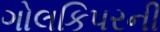
ગોલકિપરની